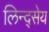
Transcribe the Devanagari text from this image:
लिन्द्सेय